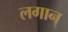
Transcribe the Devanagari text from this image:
लगान्‌